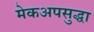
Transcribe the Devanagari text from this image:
मेकअपसुद्धा